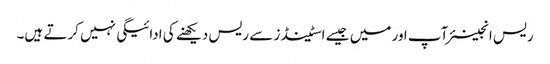
ریس انجینئر آپ اور میں جیسے اسٹینڈز سے ریس دیکھنے کی ادائیگی نہیں کرتے ہیں۔